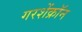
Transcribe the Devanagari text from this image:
गरशेंक्रॉन